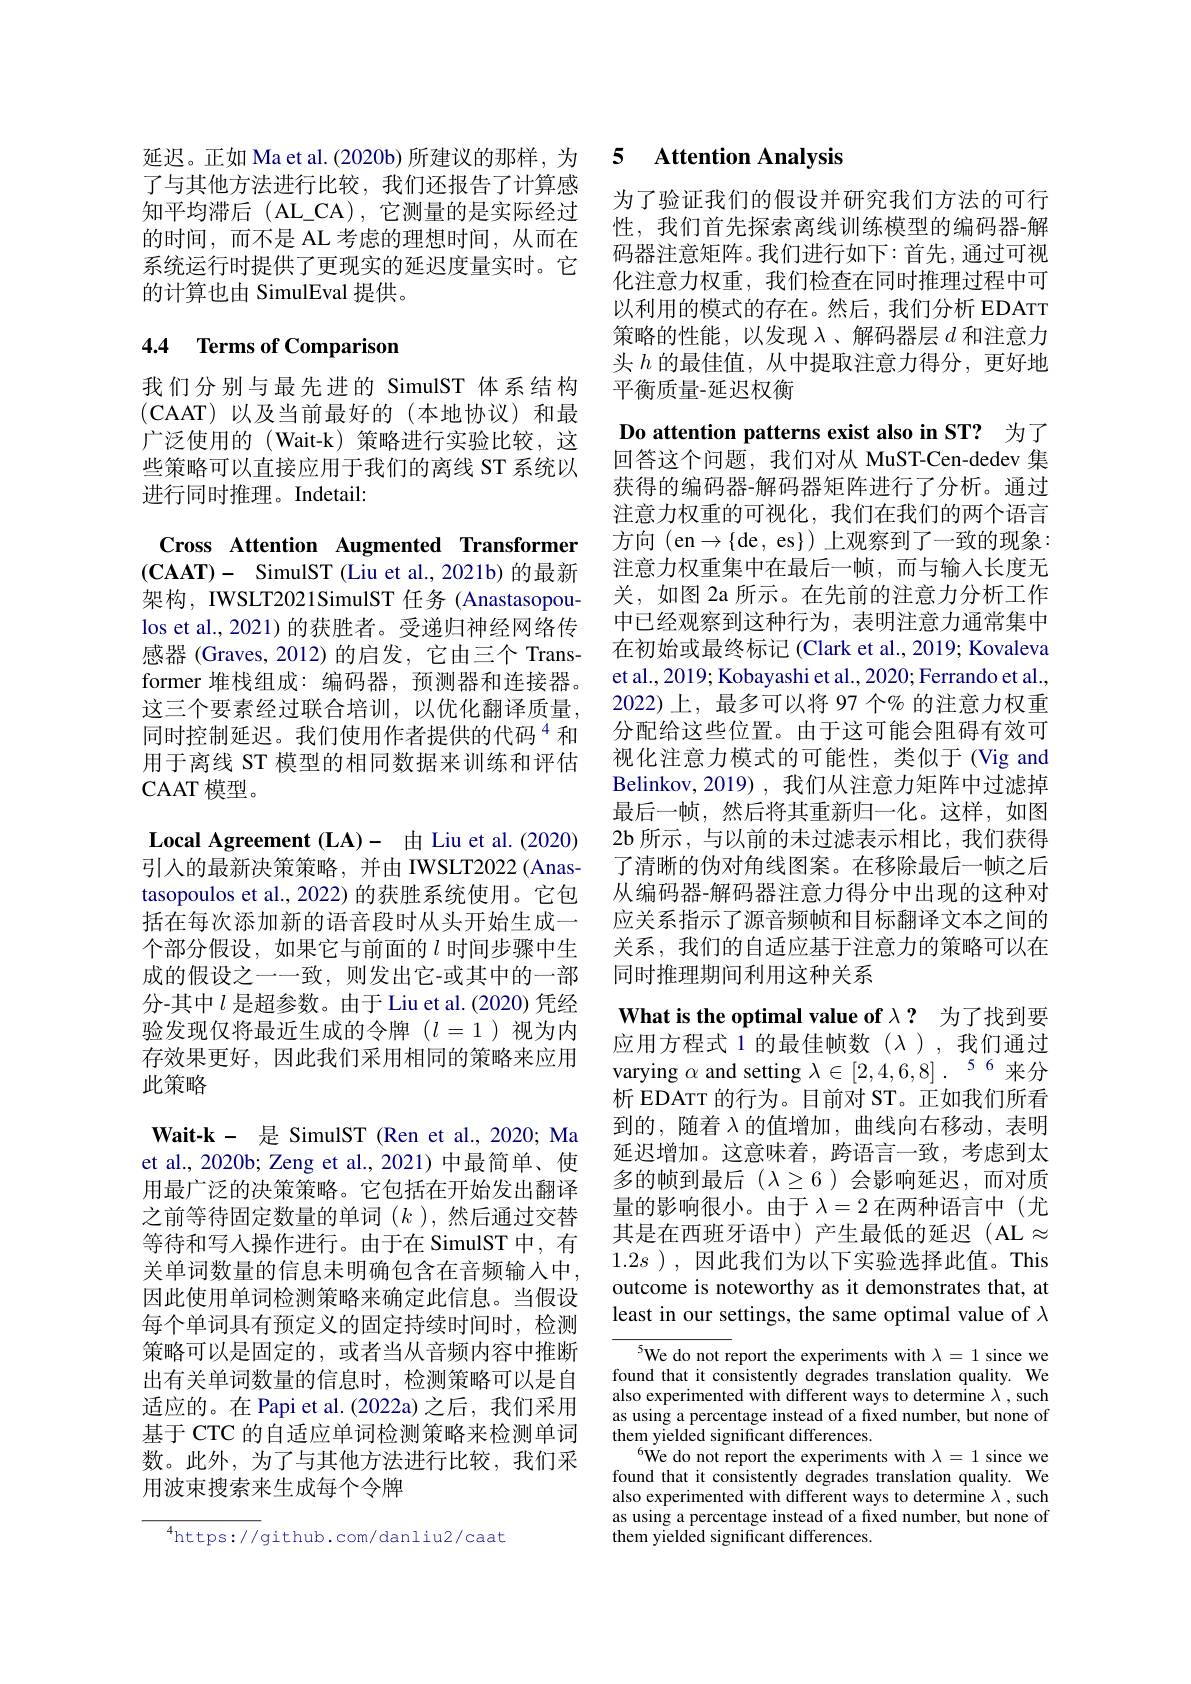
了与其他方法进行比较，我们还报告了计算感知平均滞后(AL_CA),它测量的是实际经过的时间，而不是 AL 考虑的理想时间，从而在系统运行时提供了更现实的延迟度量实时。它的计算也由 SimulEval 提供。

# 4.4 Terms of Comparison

我们分别与最先进的 SimulST 体系结构(CAAT)以及当前最好的(本地协议)和最广泛使用的(Wait-k)策略进行实验比较，这些策略可以直接应用于我们的离线 ST 系统以进行同时推理。Indetail:

Cross Attention Augmented Transformer $(\mathbf{CAAT})-$ SimulST (Liu et al., 2021b) 的最新架构，IWSLT2021SimulST 任务 (Anastasopoulos et al., 2021) 的获胜者。受递归神经网络传感器 (Graves, 2012) 的启发，它由三个 Transformer 堆栈组成：编码器，预测器和连接器。这三个要素经过联合培训，以优化翻译质量， 同时控制延迟。我们使用作者提供的代码$^{4}$和用于离线 ST 模型的相同数据来训练和评估CAAT 模 型 。
$\textbf{Local Agreement }( \mathbf{LA})$- 由 Liu et al. (2020) 引入的最新决策策略，并由 IWSLT2022(Anas-1) tasopoulos et al., 2022) 的获胜系统使用。它包括在每次添加新的语音段时从头开始生成一个部分假设，如果它与前面的$l$时间步骤中生成的假设之一一致，则发出它-或其中的一部分-其中$l$是超参数。由于 Liu et al.(2020) 凭经验发现仅将最近生成的令牌($l=1$)视为内存效果更好，因此我们采用相同的策略来应用此策略
$\textbf{Wait- k- 是 SimulST ( Ren et al. , 2020; Ma}$ et al., 2020b; Zeng et al., 2021) 中最简单、使用最广泛的决策策略。它包括在开始发出翻译之前等待固定数量的单词$(k$ ),然后通过交替等待和写人操作进行。由于在 SimulST 中，有关单词数量的信息未明确包含在音频输人中， 因此使用单词检测策略来确定此信息。当假设每个单词具有预定义的固定持续时间时，检测策略可以是固定的，或者当从音频内容中推断出有关单词数量的信息时，检测策略可以是自适应的。在 Papi et al.(2022a) 之后，我们采用基于 CTC 的自适应单词检测策略来检测单词数。此外，为了与其他方法进行比较，我们采用波束搜索来生成每个令牌

$^{4}$https://github.com/danliu2/caat

延迟。正如 Ma et al. (2020b) 所建议的那样，为 5 Attention Analysis

为了验证我们的假设并研究我们方法的可行性，我们首先探索离线训练模型的编码器-解码器注意矩阵。我们进行如下：首先，通过可视化注意力权重，我们检查在同时推理过程中可以利用的模式的存在。然后，我们分析 EDATT 策略的性能，以发现$\lambda$、解码器层$d$和注意力头$h$的最佳值，从中提取注意力得分，更好地平衡质量-延迟权衡

Do attention patterns exist also in ST? 为了回答这个问题，我们对从 MuST-Cen-dedev 集获得的编码器-解码器矩阵进行了分析。通过注意力权重的可视化，我们在我们的两个语言方向 (en$\to\{$de, es$\})$上观察到了一致的现象： 注意力权重集中在最后一帧，而与输入长度无关，如图 2a 所示。在先前的注意力分析工作中已经观察到这种行为，表明注意力通常集中在初始或最终标记 (Clark et al., 2019; Kovaleva et al., 2019; Kobayashi et al., 2020; Ferrando et al., 2022)上，最多可以将 97 个% 的注意力权重分配给这些位置。由于这可能会阻碍有效可视化注意力模式的可能性，类似于(Vig and Belinkov,2019),我们从注意力矩阵中过滤掉最后一帧，然后将其重新归一化。这样，如图2b 所示 , 与以前的未过滤表示相比，我们获得了清晰的伪对角线图案。在移除最后一帧之后从编码器-解码器注意力得分中出现的这种对应关系指示了源音频帧和目标翻译文本之间的关系，我们的自适应基于注意力的策略可以在同时推理期间利用这种关系
What is the optimal value of $\lambda$ ? 为了找到要应用方程式 1 的最佳帧数(λ),我们通过varying $\alpha$ and setting $\lambda\in[2,4,6,8].$ 56来分析 EDATT 的行为。目前对 ST。正如我们所看到的，随着$\lambda$的值增加，曲线向右移动，表明延迟增加。这意味着，跨语言一致，考虑到太多的帧到最后($\lambda\geq6)会影响延迟，而对质$ 量的影响很小。由于$\lambda=2$在两种语言中(尤其是在西班牙语中)产生最低的延迟(AL$\approx$ $1.2s$ ),因此我们为以下实验选择此值。This outcome is noteworthy as it demonstrates that, at least in our settings, the same optimal value of $\lambda$
$^{5}$We do not report the experiments with $\lambda=1$ since we found that it consistently degrades translation quality. We also experimented with different ways to determine $\lambda$, such as using a percentage instead of a fixed number, but none of them yielded significant differences.

$^{6}$We do not report the experiments with $\lambda=1$ since we found that it consistently degrades translation quality. We also experimented with different ways to determine $\lambda$, such as using a percentage instead of a fixed number, but none of them yielded significant differences.